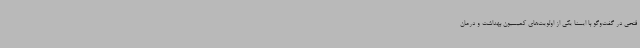
فتحی در گفت‌وگو با ایسنا یکی از اولویت‌های کمیسیون بهداشت و درمان